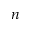
n